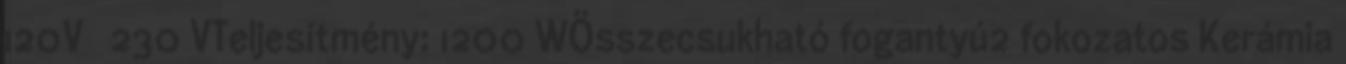
120V 230 VTeljesítmény: 1200 WÖsszecsukható fogantyú2 fokozatos Kerámia